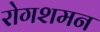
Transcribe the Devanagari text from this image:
रोगशमन